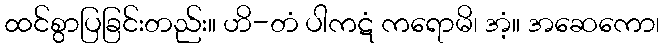
ထင်စွာပြခြင်းတည်း။ ဟိ-တံ ပါကဋံ ကရောမိ၊ အံ့။ အဆေကော၊